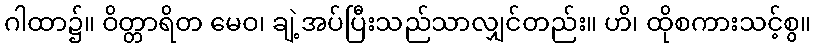
ဂါထာ၌။ ဝိတ္တာရိတ မေဝ၊ ချဲ့အပ်ပြီးသည်သာလျှင်တည်း။ ဟိ၊ ထိုစကားသင့်စွ။